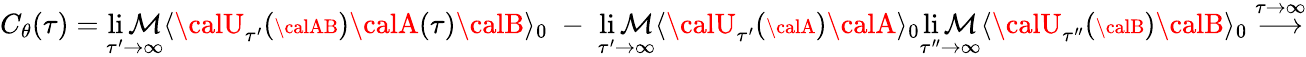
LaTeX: C_{\theta}(\tau)=\operatorname*{li\mathcal{M}}_{\tau^{\prime}\rightarrow\infty}\langle{\calU}_{\tau^{\prime}}({\scriptstyle{\calAB}}){\calA}(\tau){\calB}\rangle_{0}\; -\; \operatorname*{li\mathcal{M}}_{\tau^{\prime}\rightarrow\infty}\langle{\calU}_{\tau^{\prime}}({\scriptstyle{\calA}}){\calA}\rangle_{0}\operatorname*{li\mathcal{M}}_{\tau^{\prime\prime}\rightarrow\infty}\langle{\calU}_{\tau^{\prime\prime}}({\scriptstyle{\calB}}){\calB}\rangle_{0}\stackrel{\tau\rightarrow\infty}{\longrightarrow}